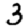
Digit: 3